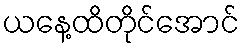
ယနေ့ထိတိုင်အောင်